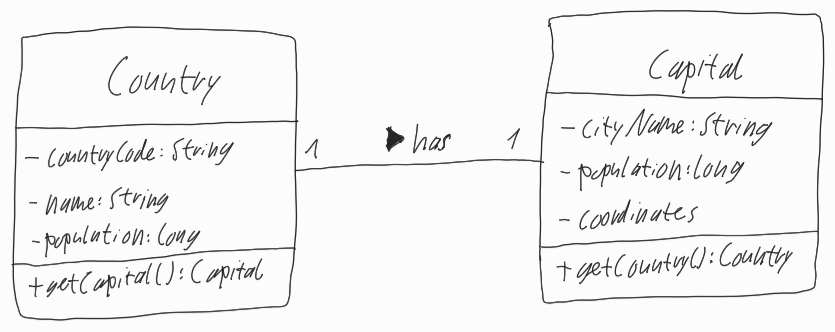
Diagram type: class_diagram
```plantuml
@startuml

left to right direction

class Country {
  - countryCode: String
  - name: String
  - population: long
  + getCapital(): Capital
}

class Capital {
  - cityName: String
  - population: long
  - coordinates
  + getCountry(): Country
}

Country "1" -- "1" Capital : has >

@enduml
```